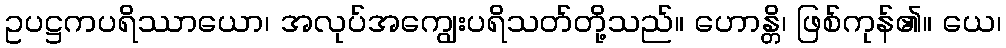
ဥပဋ္ဌကပရိဿာယော၊ အလုပ်အကျွေးပရိသတ်တို့သည်။ ဟောန္တိ၊ ဖြစ်ကုန်၏။ ယေ၊